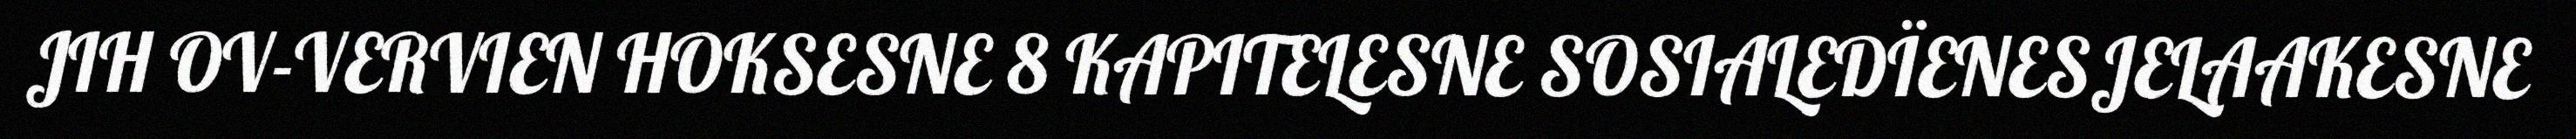
JIH OV-VERVIEN HOKSESNE 8 KAPITELESNE SOSIALEDÏENESJELAAKESNE